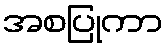
အစပြုကာ